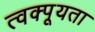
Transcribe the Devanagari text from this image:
त्वक्पूयता